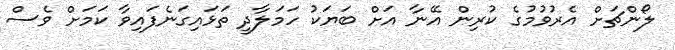
ލޯންޗަށް އެރުވުމުގެ ކުރިން އޭނާ އަށް ބަޔަކު ހަމަލާދީ ތަޅައިގަނެފައިވާ ކަމަށް ވެސް